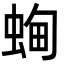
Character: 蜔